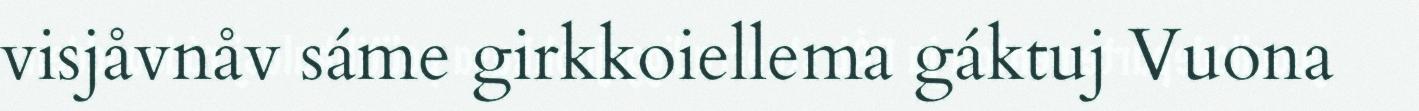
visjåvnåv sáme girkkoiellema gáktuj Vuona